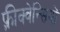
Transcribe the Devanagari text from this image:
फ़्रीक्वेन्सियों